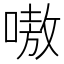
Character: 嗷